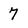
Character: 7